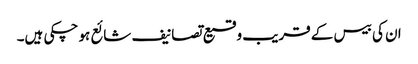
ان کی بیس کے قریب وقیع تصانیف شائع ہو چکی ہیں۔